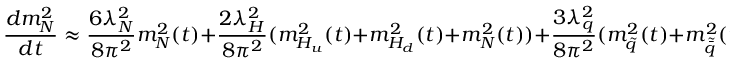
\frac { d m _ { N } ^ { 2 } } { d t } \approx \frac { 6 \lambda _ { N } ^ { 2 } } { 8 \pi ^ { 2 } } m _ { N } ^ { 2 } ( t ) + \frac { 2 \lambda _ { H } ^ { 2 } } { 8 \pi ^ { 2 } } ( m _ { H _ { u } } ^ { 2 } ( t ) + m _ { H _ { d } } ^ { 2 } ( t ) + m _ { N } ^ { 2 } ( t ) ) + \frac { 3 \lambda _ { q } ^ { 2 } } { 8 \pi ^ { 2 } } ( m _ { \tilde { q } } ^ { 2 } ( t ) + m _ { \tilde { \bar { q } } } ^ { 2 } ( t ) ) .